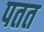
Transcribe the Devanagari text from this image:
पतत